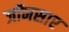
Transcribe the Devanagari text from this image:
जॉनसार